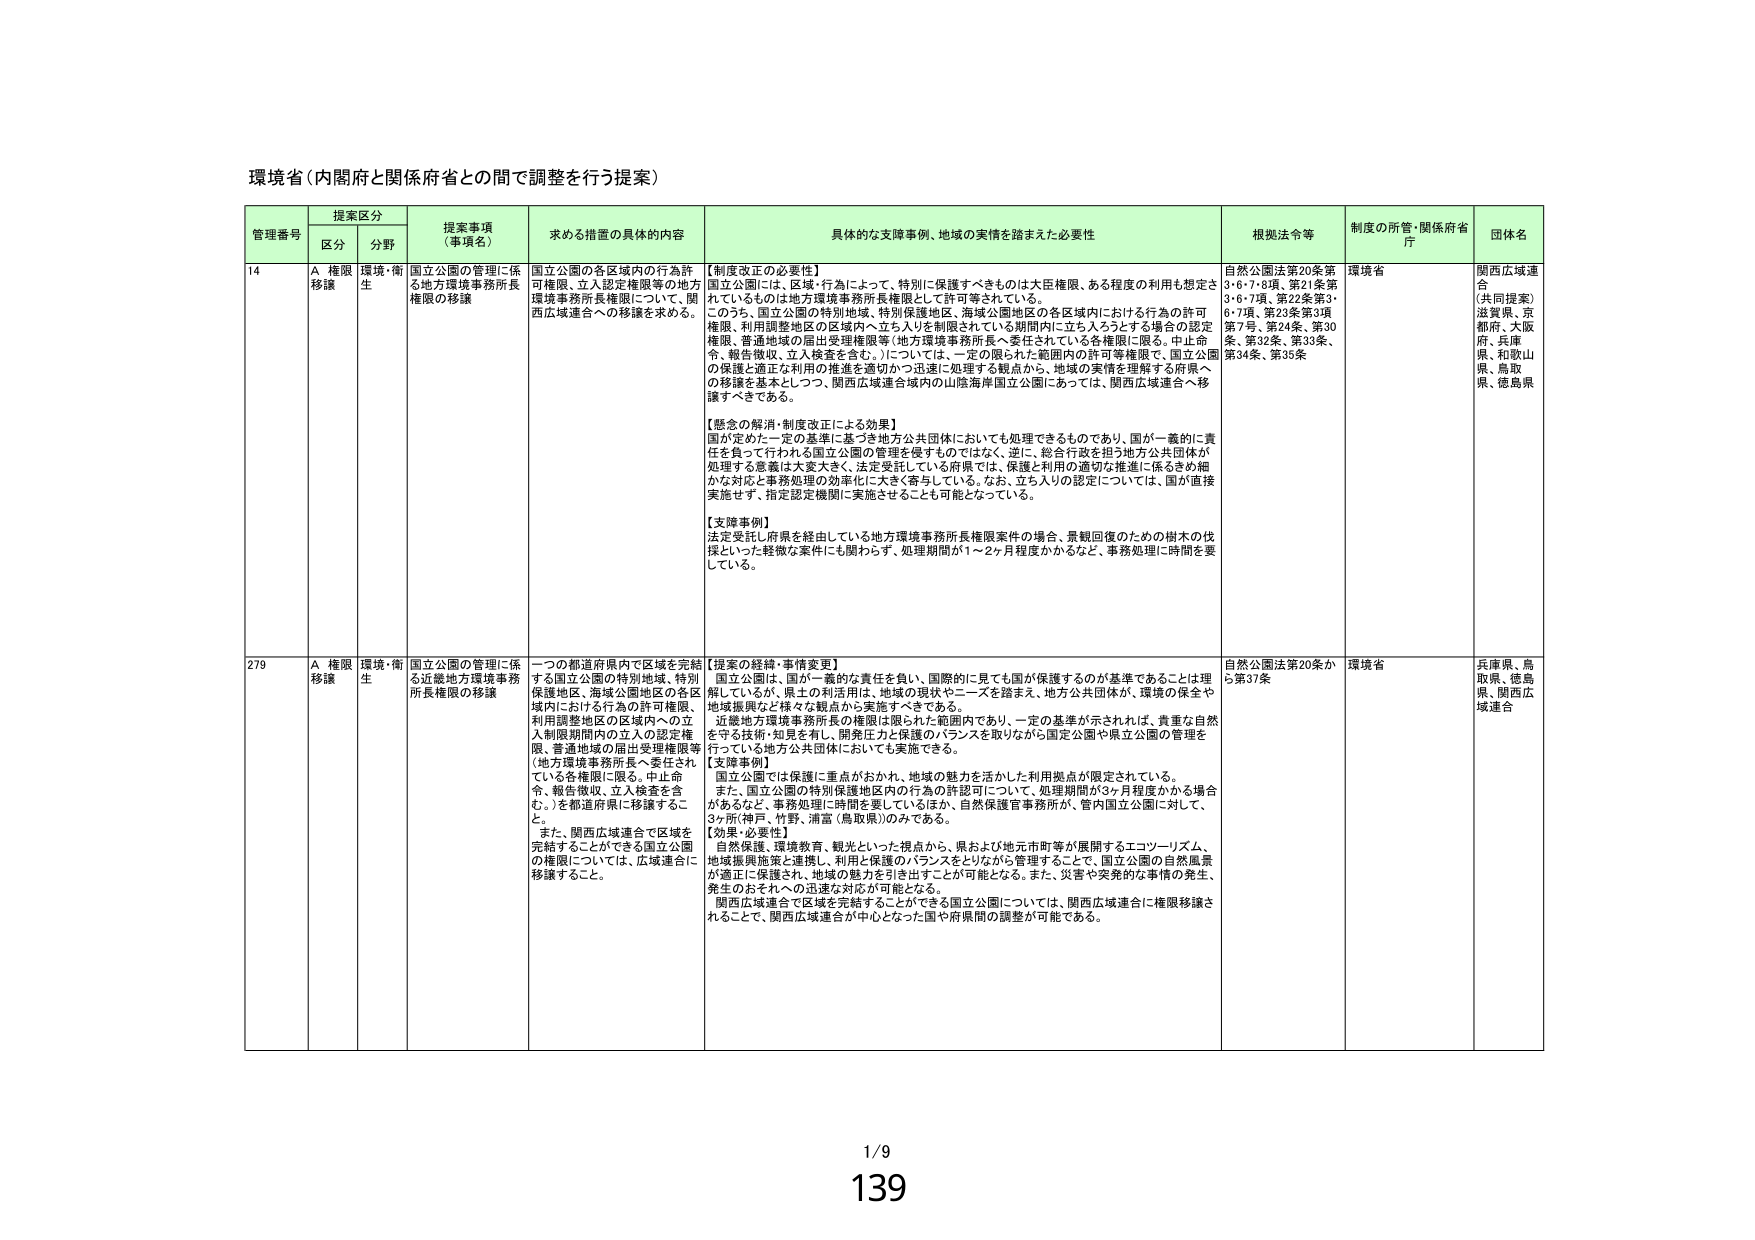
環境省（内閣府と関係府省との間で調整を行う提案）

管理番号 提案区分 捜索事項 （事項名） 求める措置の具体的内容 具体的な支障事例、地域の実情を踏まえた必要性 根拠法令等 制度の所管・関係府省 庁 団体名
区分 分野

14 A 権限移譲 環境・衛生 国立公園の管理に係る地方環境事務所長権限の移譲 国立公園の各区域内の行為許可権限、立入認定権限等の地方環境事務所長権限について、関西広域連合への移譲を求める。 【制度改正の必要性】
国立公園は、区域・行為によって、特別に保護すべきものは大臣権限、ある程度の利用も想定されているものは地方環境事務所長権限として許可等されている。
このうち、国立公園の特別地域、特別保護地区、海域公園地区の各区域内における行為の許可権限、利用調整地区の区域内へ立入りを制限されている期間内に立ち入ろうとする場合の認定権限、普通地域の届出受理権限等（地方環境事務所長へ委任されている各権限に限る。中止命令、報告徴収、立入検査を含む。）については、一定の限られた範囲内の許可等権限で、国立公園の保護と適正な利用の推進を適切かつ迅速に処理する観点から、地域の実情を理解する府県への移譲を基本としつつ、関西広域連合域内の山陰海岸国立公園にあっては、関西広域連合へ移譲すべきである。

【懸念の解消・制度改正による効果】
国が定めた一定の基準に基づき地方公共団体においても処理できるものであり、国が一義的に責任を負って行われる国立公園の管理を侵すものではなく、逆に、総合行政を担う地方公共団体が処理する意義は大変大きく、法定受託している府県では、保護と利用の適切な推進に係るきめ細かな対応と事務処理の効率化に大きく寄与している。なお、立ち入りの認定については、国が直接実施せず、指定認定機関に実施させることも可能となっている。

【支障事例】
法定受託し府県を経由している地方環境事務所長権限案件の場合、景観回復のための樹木の伐採といった軽微な案件にも関わらず、処理期間が1～2ヶ月程度かかるなど、事務処理に時間を要している。
自然公園法第20条第3・6・7・8項、第21条第3・6・7項、第22条第3・6・7項、第23条第3項第7号、第24条、第30条、第32条、第33条、第34条、第35条 環境省 関西広域連合（共同提案）滋賀県、京都府、大阪府、兵庫県、和歌山県、鳥取県、徳島県

279 A 権限移譲 環境・衛生 国立公園の管理に係る近畿地方環境事務所長権限の移譲 一つの都道府県内で区域を完結する国立公園の特別地域、特別保護地区、海域公園地区の各区域内における行為の許可権限、利用調整地区の区域内への立入制限期間内の立入の認定権限、普通地域の届出受理権限等（地方環境事務所長へ委任されている各権限に限る。中止命令、報告徴収、立入検査を含む。）を都道府県に移譲すること。
また、関西広域連合で区域を完結することができる国立公園の権限については、広域連合に移譲すること。 【提案の経緯・事情変更】
国立公園は、国が一義的な責任を負い、国際的に見ても国が保護するのが基準であることは理解しているが、県との利活用は、地域の現状やニーズを踏まえ、地方公共団体が、環境の保全や地域振興など様々な観点から実施すべきである。
近畿地方環境事務所長の権限は限られた範囲内であり、一定の基準が示されれば、貴重な自然を守る技術・知見を有し、開発圧力と保護のバランスを取りながら国立公園や県立公園の管理を行っている地方公共団体においても実施できる。

【支障事例】
国立公園では保護に重点がおかれ、地域の魅力を活かした利用拠点が限定されている。
また、国立公園の特別保護地区内の行為の許認可について、処理期間が3ヶ月程度かかる場合があるなど、事務処理に時間を要しているほか、自然保護官事務所が、管内国立公園に対して、3ヶ所（神戸、竹野、浦富（鳥取県））のみである。

【効果・必要性】
自然保護、環境教育、観光といった視点から、県および地元市町等が展開するエコツーリズム、地域振興施策と連携し、利用と保護のバランスをとりながら管理することで、国立公園の自然風景が適正に保護され、地域の魅力を引き出すことが可能となる。また、災害や突発的な事情の発生、発生のおそれへの迅速な対応が可能となる。
関西広域連合で区域を完結することができる国立公園については、関西広域連合に権限移譲されることで、関西広域連合が中心となった国や府県間の調整が可能である。
自然公園法第20条から第37条 環境省 兵庫県、鳥取県、徳島県、関西広域連合

1/9
139